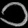
Digit: ၁